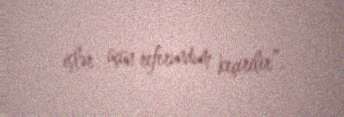
işlər üçün referundum keçirilir”.